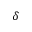
\delta